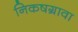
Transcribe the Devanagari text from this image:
निकषग्रावा